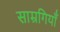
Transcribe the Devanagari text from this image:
साम्रगियाँ